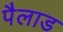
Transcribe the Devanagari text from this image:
पैलाड